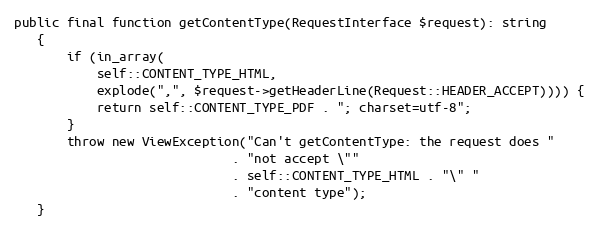
Language: PHP
public final function getContentType(RequestInterface $request): string
   {
       if (in_array(
           self::CONTENT_TYPE_HTML,
           explode(",", $request->getHeaderLine(Request::HEADER_ACCEPT)))) {
           return self::CONTENT_TYPE_PDF . "; charset=utf-8";
       }
       throw new ViewException("Can't getContentType: the request does "
                             . "not accept \""
                             . self::CONTENT_TYPE_HTML . "\" "
                             . "content type");
   }